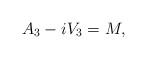
\begin{align*}A_3 - i V_3 = M,\end{align*}